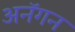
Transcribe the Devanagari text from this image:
अनॅगन